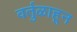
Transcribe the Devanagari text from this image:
वर्तुळाहून